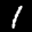
Label: 1